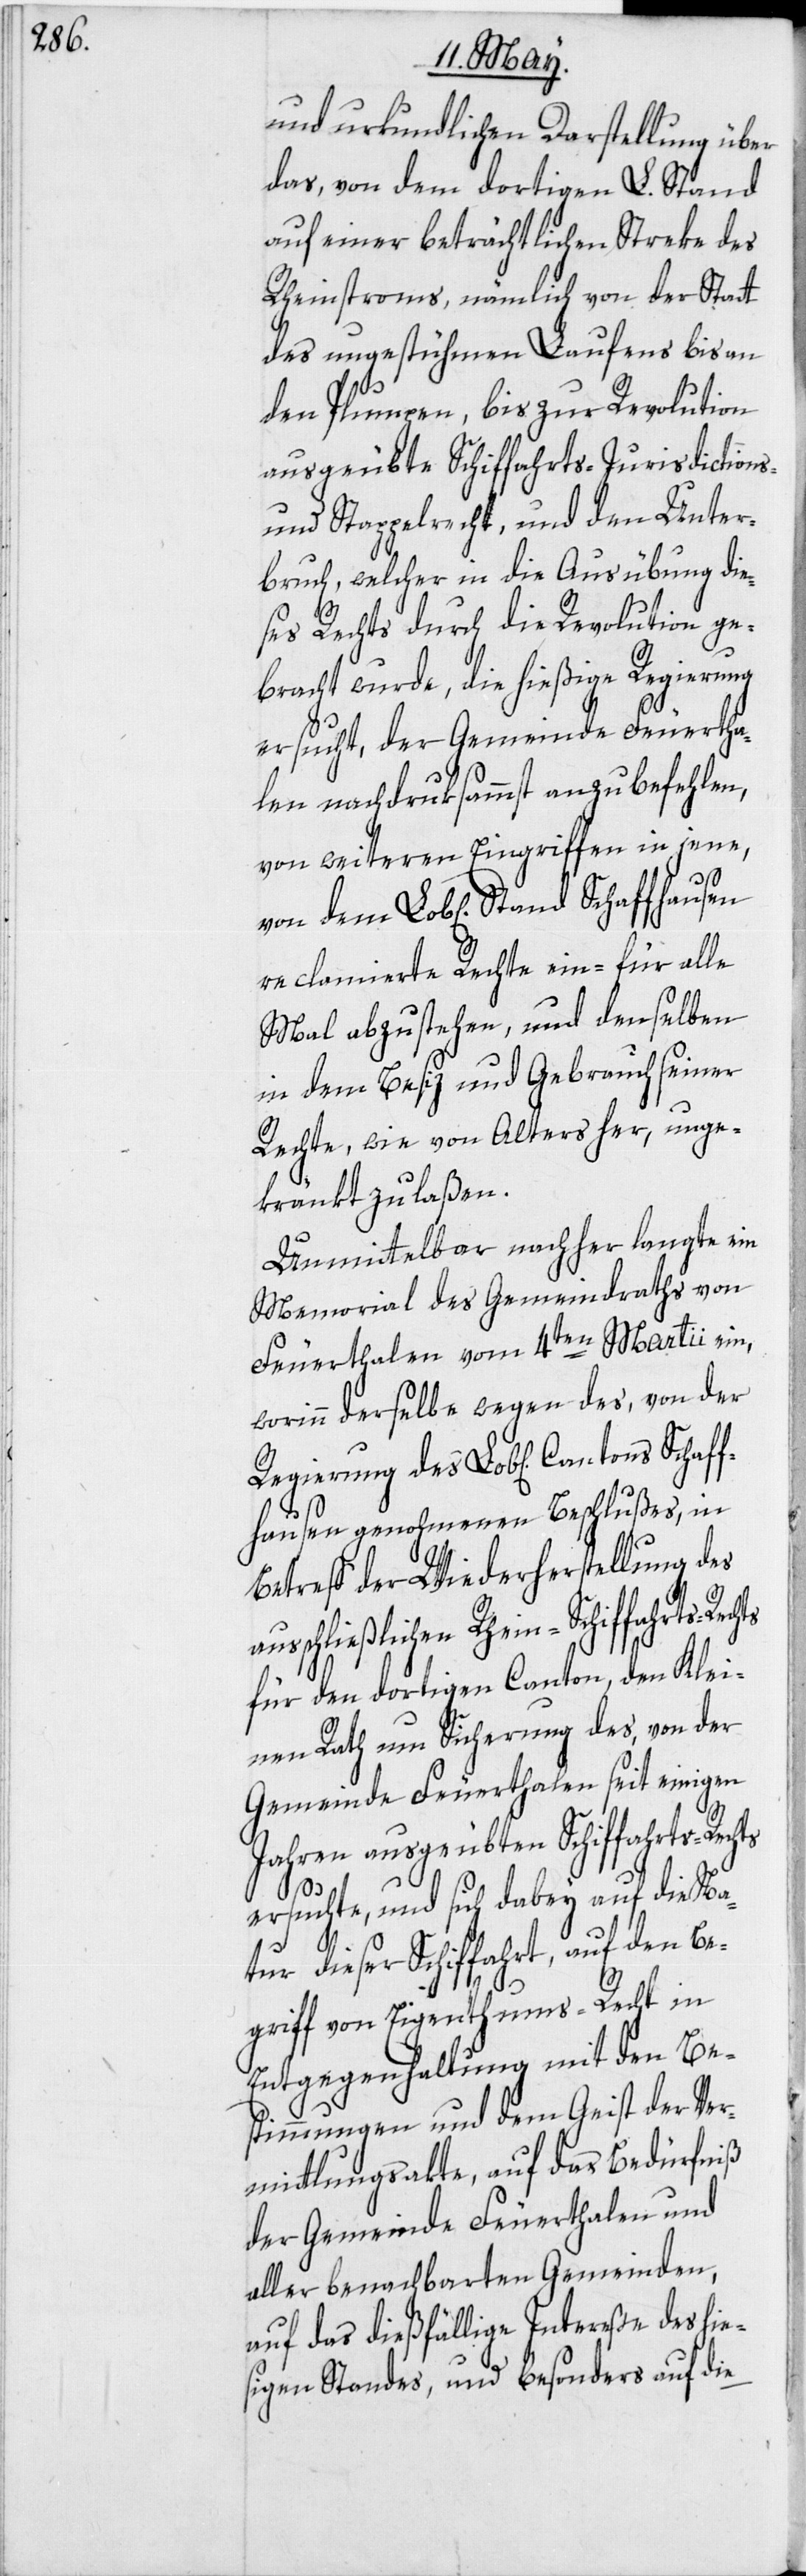
und urkundlichen Darstellung über
das, von dem dortigen L. Stand
auf einer beträchtlichen Streke des
Rheinstroms, nämlich von der Statt
des ungestühmen Laufens bis an
den Plumpen, bis zur Revolution
ausgeübte Schiffahrts-[,] Jurisdictions-
und Stappelrecht, und den Unter¬
bruch, welcher in die Ausübung die¬
ses Rechts durch die Revolution ge¬
bracht wurde, die hießige Regierung
ersucht, der Gemeinde Feuertha¬
len nachdruksammst anzubefehlen,
von weiteren Eingriffen in jene,
hts
von dem Lob[lichen] Stand Schaffhausen
reclamierte Rechte ein- für alle
Mal abzustehen, und denselben
in dem Besiz und Gebrauch seiner
Rechte, wie von Alters her, unge¬
kränkt zu laßen.
Unmittelbar nachher langte ein
Memorial des Gemeindraths von
Feuerthalen vom 4ten Martii ein,
worinn derselbe wegen des, von der
fhausen genohmenen Beschlußes, in
Betreff der Wiederherstellung des
usschließlichen Rhein-Schiffahrts-Rec¬
für den dortigen Canton, den Klei¬
nen Rath um Sicherung des, von der
Gemeinde Feuerthalen seit einigen
Jahren ausgeübten Schiffahrts-Rechts
ersuchte, und sich dabey auf die Na¬
tur dieser Schiffahrt, auf den Be¬
griff von Eigenthums-Recht in
Entgegenhaltung mit den Be¬
stimmungen und dem Geist der Ver¬
mittlungsakte, auf das Bedürfniß
der Gemeinde Feurthalen und
aller benachbarten Gemeinden,
auf das dießfällige Intereße des hie¬
sigen Standes, und besonders auf die